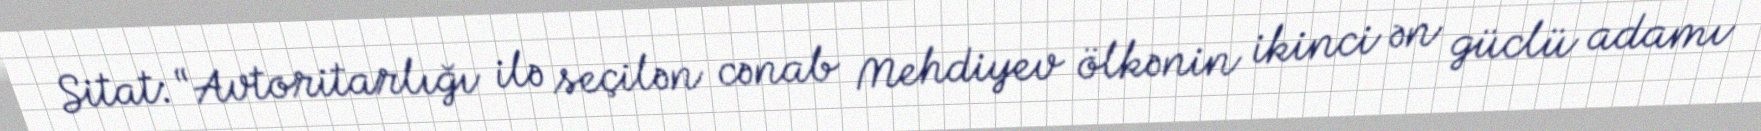
Sitat: “Avtoritarlığı ilə seçilən cənab Mehdiyev ölkənin ikinci ən güclü adamı